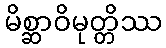
မိစ္ဆာဝိမုတ္တိဿ